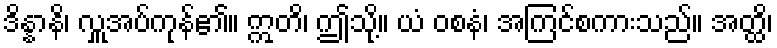
ဒိန္နာနိ၊ လှူအပ်ကုန်၏။ ဣတိ၊ ဤသို့။ ယံ ဝစနံ၊ အကြင်စကားသည်။ အတ္ထိ၊